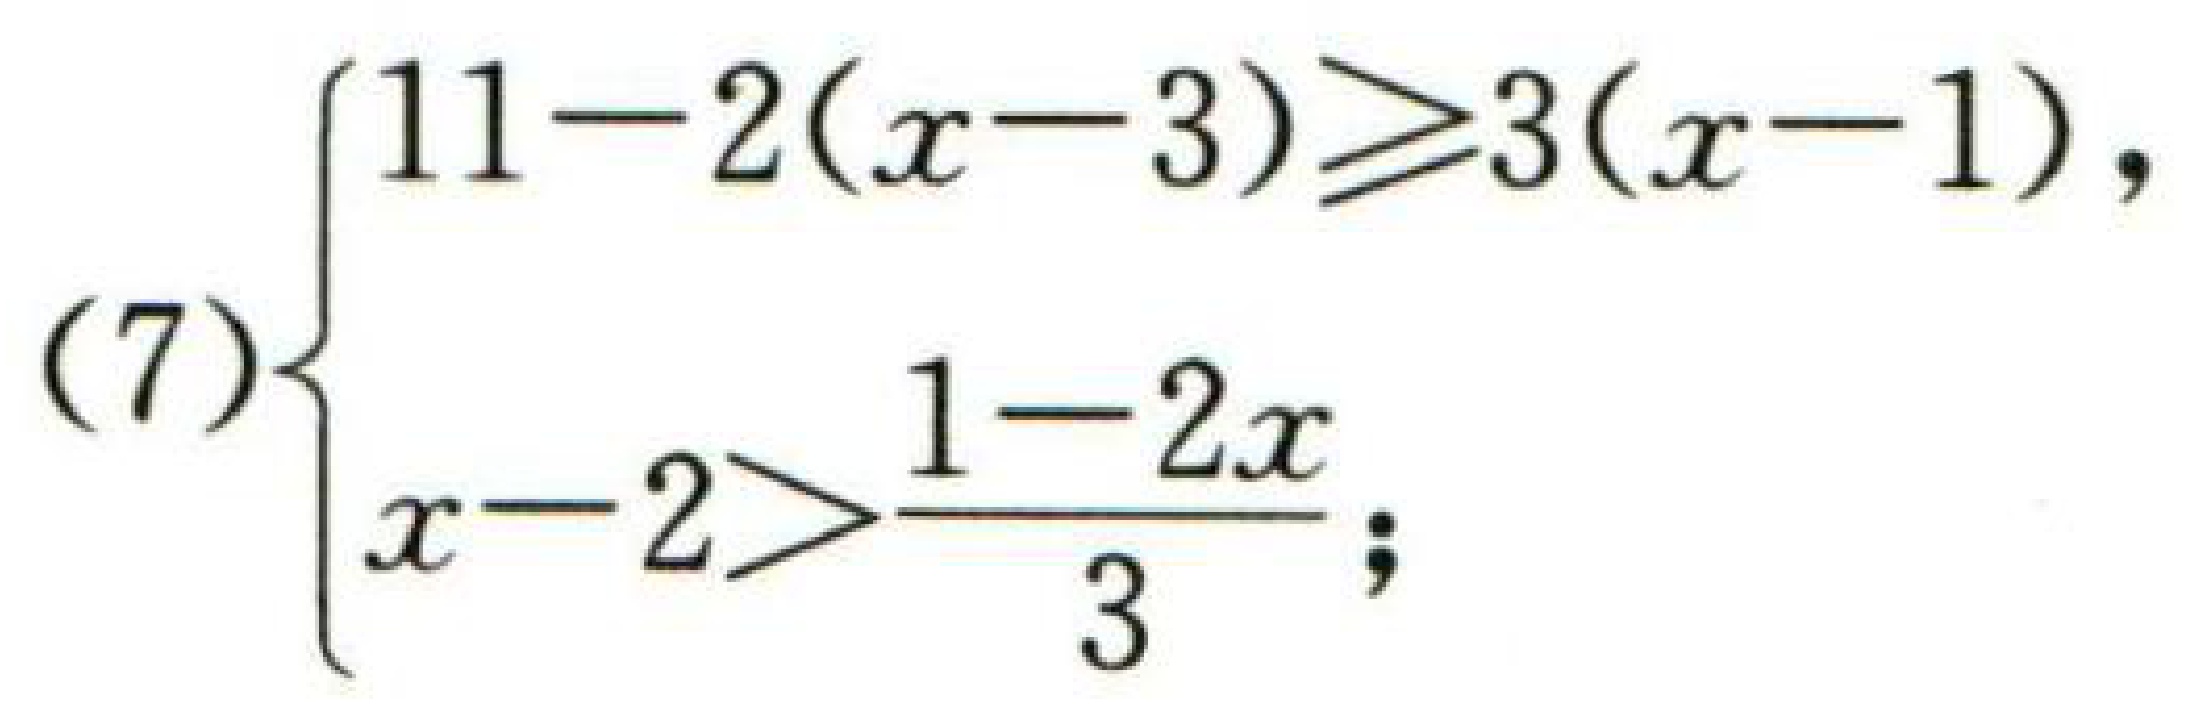
\((7)\begin{cases}11 - 2(x - 3)\geqslant3(x - 1),\\x - 2>\dfrac{1 - 2x}{3};\end{cases}\)